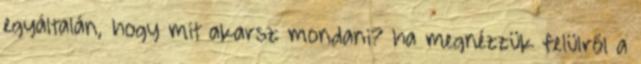
egyáltalán, hogy mit akarsz mondani? ha megnézzük felülről a